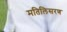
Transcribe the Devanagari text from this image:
मतिलिसरण